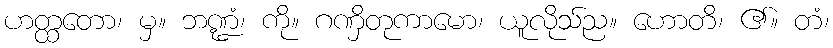
ဟတ္ထတော၊ မှ။ ဘဏ္ဍံ၊ ကို။ ဂဏှိတုကာမော၊ ယူလိုသ်ည။ ဟောတိ၊ ၏။ တံ၊